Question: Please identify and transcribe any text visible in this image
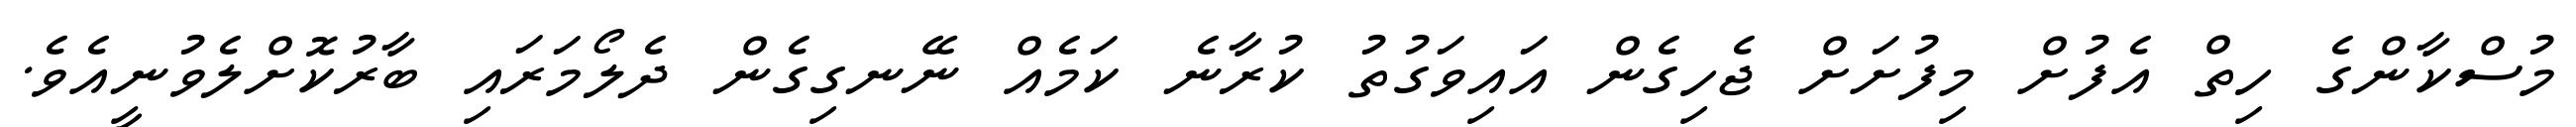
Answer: މުސްކާންގެ ހިތް އެފުށް މިފުށަށް ޖެހިގެން އައިވަގުތު ކުރާނެ ކަމެއް ނޭނގިގެން ދެލޯމަރައި ބާރުކޮށްލެވުނީއެވެ.